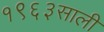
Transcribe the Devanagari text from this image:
१९६३साली